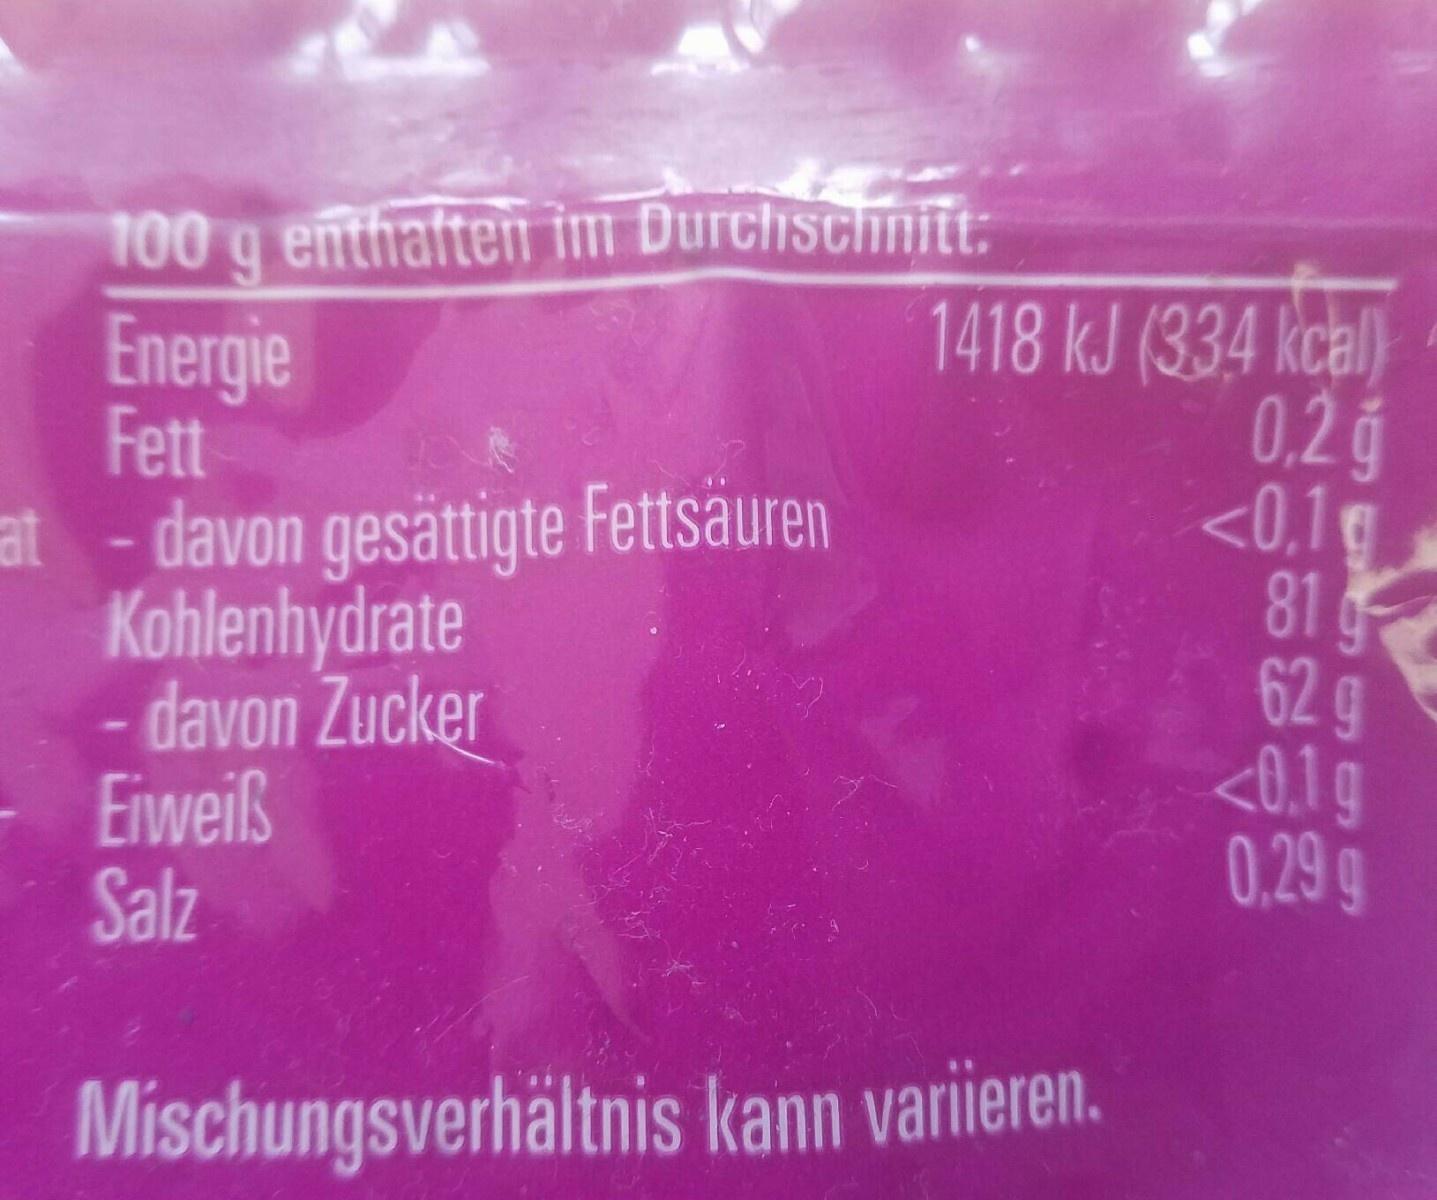
100 g enthaften im Durchschnitt:
Energie Fett at - davon gesättigte Fettsäuren Kohlenhydrate - davon Zucker Eiweiß Salz
1418 kJ (334 kcal) 0.2 g <0,1g 81 g 62 g <0,1g 0.29g
Mischungsverhältnis kann variieren.